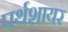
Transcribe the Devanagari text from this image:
पर्थशायर